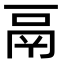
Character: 鬲